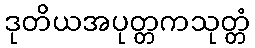
ဒုတိယအပုတ္တကသုတ္တံ